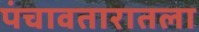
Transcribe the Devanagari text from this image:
पंचावतारातला